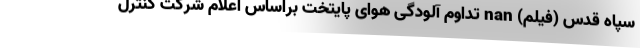
سپاه قدس (فیلم) nan تداوم آلودگی هوای پایتخت براساس اعلام شرکت کنترل